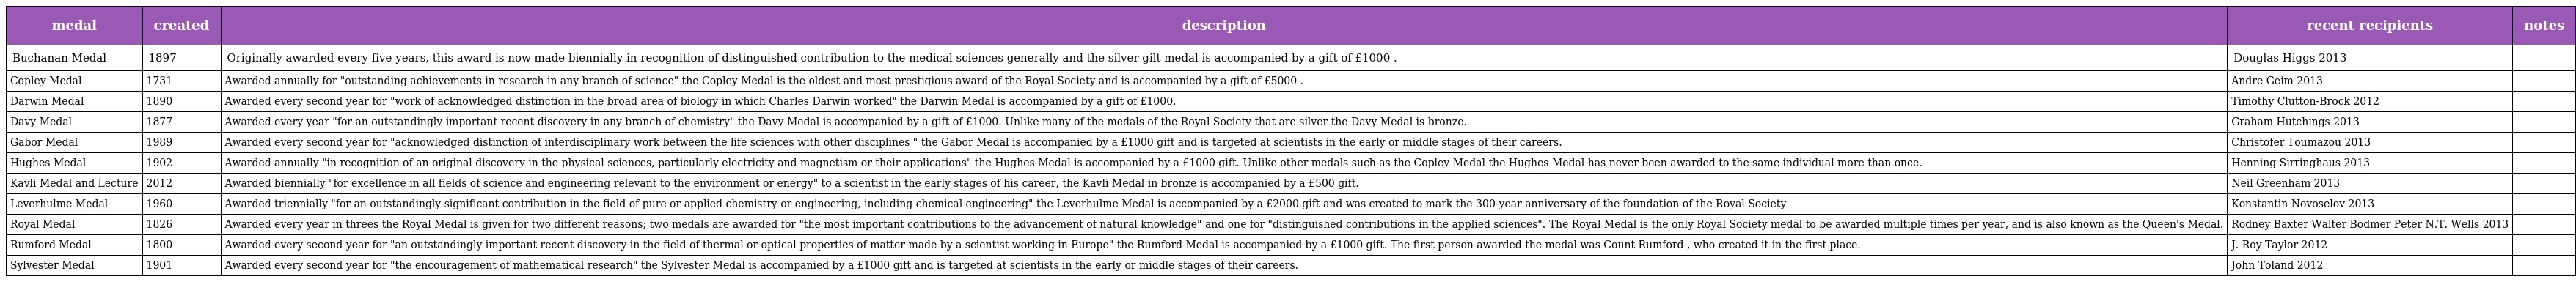
| medal | created | description | recent recipients | notes |
 | --- | --- | --- | --- | --- |
 | Buchanan Medal | 1897 | Originally awarded every five years, this award is now made biennially in recognition of distinguished contribution to the medical sciences generally and the silver gilt medal is accompanied by a gift of £1000 . | Douglas Higgs 2013 |  |
 | Copley Medal | 1731 | Awarded annually for "outstanding achievements in research in any branch of science" the Copley Medal is the oldest and most prestigious award of the Royal Society and is accompanied by a gift of £5000 . | Andre Geim 2013 |  |
 | Darwin Medal | 1890 | Awarded every second year for "work of acknowledged distinction in the broad area of biology in which Charles Darwin worked" the Darwin Medal is accompanied by a gift of £1000. | Timothy Clutton-Brock 2012 |  |
 | Davy Medal | 1877 | Awarded every year "for an outstandingly important recent discovery in any branch of chemistry" the Davy Medal is accompanied by a gift of £1000. Unlike many of the medals of the Royal Society that are silver the Davy Medal is bronze. | Graham Hutchings 2013 |  |
 | Gabor Medal | 1989 | Awarded every second year for "acknowledged distinction of interdisciplinary work between the life sciences with other disciplines " the Gabor Medal is accompanied by a £1000 gift and is targeted at scientists in the early or middle stages of their careers. | Christofer Toumazou 2013 |  |
 | Hughes Medal | 1902 | Awarded annually "in recognition of an original discovery in the physical sciences, particularly electricity and magnetism or their applications" the Hughes Medal is accompanied by a £1000 gift. Unlike other medals such as the Copley Medal the Hughes Medal has never been awarded to the same individual more than once. | Henning Sirringhaus 2013 |  |
 | Kavli Medal and Lecture | 2012 | Awarded biennially "for excellence in all fields of science and engineering relevant to the environment or energy" to a scientist in the early stages of his career, the Kavli Medal in bronze is accompanied by a £500 gift. | Neil Greenham 2013 |  |
 | Leverhulme Medal | 1960 | Awarded triennially "for an outstandingly significant contribution in the field of pure or applied chemistry or engineering, including chemical engineering" the Leverhulme Medal is accompanied by a £2000 gift and was created to mark the 300-year anniversary of the foundation of the Royal Society | Konstantin Novoselov 2013 |  |
 | Royal Medal | 1826 | Awarded every year in threes the Royal Medal is given for two different reasons; two medals are awarded for "the most important contributions to the advancement of natural knowledge" and one for "distinguished contributions in the applied sciences". The Royal Medal is the only Royal Society medal to be awarded multiple times per year, and is also known as the Queen's Medal. | Rodney Baxter Walter Bodmer Peter N.T. Wells 2013 |  |
 | Rumford Medal | 1800 | Awarded every second year for "an outstandingly important recent discovery in the field of thermal or optical properties of matter made by a scientist working in Europe" the Rumford Medal is accompanied by a £1000 gift. The first person awarded the medal was Count Rumford , who created it in the first place. | J. Roy Taylor 2012 |  |
 | Sylvester Medal | 1901 | Awarded every second year for "the encouragement of mathematical research" the Sylvester Medal is accompanied by a £1000 gift and is targeted at scientists in the early or middle stages of their careers. | John Toland 2012 |  |